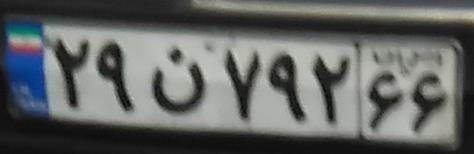
۲۹ن۷۹۲۶۶